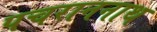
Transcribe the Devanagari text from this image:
पचराननाथ